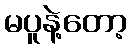
မပူနဲ့တော့